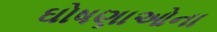
ઘોષણાઓના